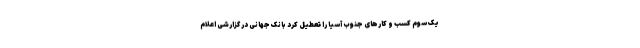
یک سوم کسب و کارهای جنوب آسیا را تعطیل کرد بانک جهانی در گزارشی اعلام